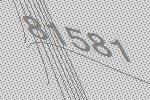
81581